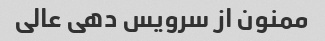
ممنون از سرویس دهی عالی